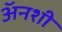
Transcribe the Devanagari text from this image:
अॅनशी